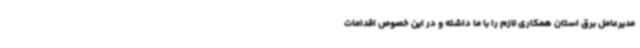
مدیرعامل برق استان همکاری لازم را با ما داشته و در این خصوص اقدامات